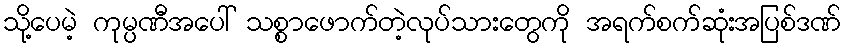
သို့ပေမဲ့ ကုမ္ပဏီအပေါ် သစ္စာဖောက်တဲ့လုပ်သားတွေကို အရက်စက်ဆုံးအပြစ်ဒဏ်